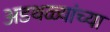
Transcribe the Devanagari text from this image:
अडथळ्यांच्या